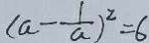
( a - \frac { 1 } { a } ) ^ { 2 } = 6